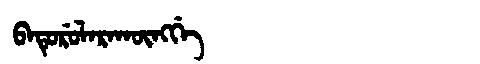
Manchu: ᠪᠠᡨᡠᡵᡠᠯᠠᡵᠠᡴᡡᠩᡤᡝ
Romanization: BATURULARAKŪNGGE